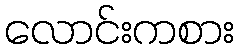
လောင်းကစား